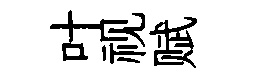
叶视赋